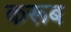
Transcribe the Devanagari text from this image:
करूब